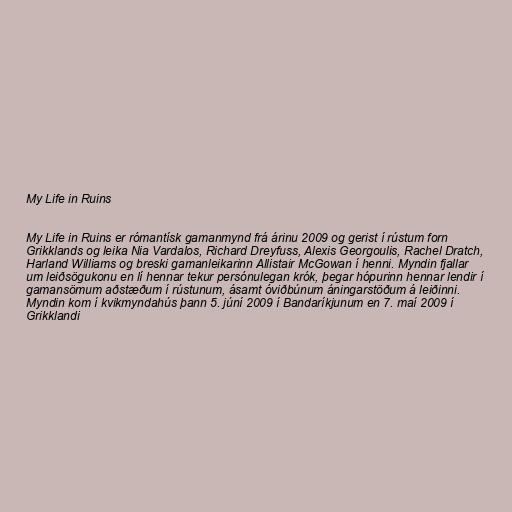
My Life in Ruins

My Life in Ruins er rómantísk gamanmynd frá árinu 2009 og gerist í rústum forn
Grikklands og leika Nia Vardalos, Richard Dreyfuss, Alexis Georgoulis, Rachel Dratch,
Harland Williams og breski gamanleikarinn Allistair McGowan í henni. Myndin fjallar
um leiðsögukonu en lí hennar tekur persónulegan krók, þegar hópurinn hennar lendir í
gamansömum aðstæðum í rústunum, ásamt óviðbúnum áningarstöðum á leiðinni.
Myndin kom í kvikmyndahús þann 5. júní 2009 í Bandaríkjunum en 7. maí 2009 í
Grikklandi